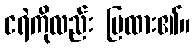
ငရဲကိုလည်း ပြထား၏။